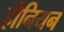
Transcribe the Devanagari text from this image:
हीनियन